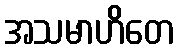
အသမာဟိတေ